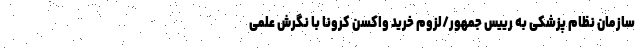
سازمان نظام پزشکی به رییس جمهور/لزوم خرید واکسن کرونا با نگرش علمی